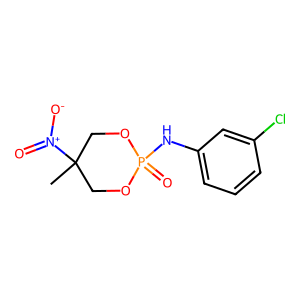
SMILES: CC1([N+](=O)[O-])COP(=O)(Nc2cccc(Cl)c2)OC1
Inhibits HIV replication: No